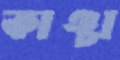
কাঞ্চা